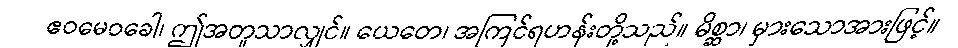
ဧဝမေဝခေါ၊ ဤအတူသာလျှင်။ ယေတေ၊ အကြင်ရဟန်းတို့သည်။ မိစ္ဆာ၊ မှားသောအားဖြင့်။